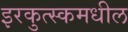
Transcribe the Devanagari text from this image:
इरकुत्स्कमधील